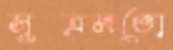
সূত্রমতো